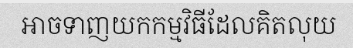
អាចទាញយកកម្មវិធីដែលគិតលុយ